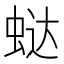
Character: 𰲻